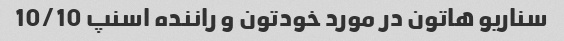
سناریو هاتون در مورد خودتون و راننده اسنپ 10/10